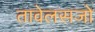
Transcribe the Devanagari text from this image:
तावेलसजो